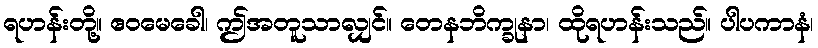
ရဟန်းတို့။ ဧဝမေခေါ၊ ဤအတူသာလျှင်။ တေနဘိက္ခုနာ၊ ထိုရဟန်းသည်။ ပါပကာနံ၊